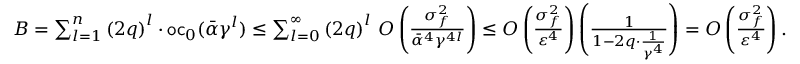
\begin{array} { r } { B = \sum _ { l = 1 } ^ { n } \left( 2 q \right) ^ { l } \cdot \mathsf { o c } _ { 0 } ( \bar { \alpha } \gamma ^ { l } ) \leq \sum _ { l = 0 } ^ { \infty } \left( 2 q \right) ^ { l } \, { \cal O } \left( \frac { \sigma _ { f } ^ { 2 } } { \bar { \alpha } ^ { 4 } \gamma ^ { 4 l } } \right) \leq { \cal O } \left( \frac { \sigma _ { f } ^ { 2 } } { \varepsilon ^ { 4 } } \right) \left( \frac { 1 } { 1 - 2 q \cdot \frac { 1 } { \gamma ^ { 4 } } } \right) = { \cal O } \left( \frac { \sigma _ { f } ^ { 2 } } { \varepsilon ^ { 4 } } \right) . } \end{array}